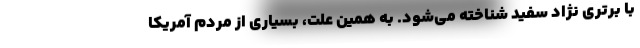
با برتری نژاد سفید شناخته می‌شود. به همین علت، بسیاری از مردم آمریکا